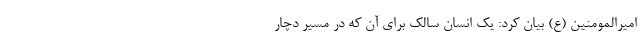
امیرالمومنین (ع) بیان کرد: یک انسان سالک برای آن که در مسیر دچار